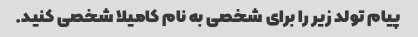
پیام تولد زیر را برای شخصی به نام کامیلا شخصی کنید.